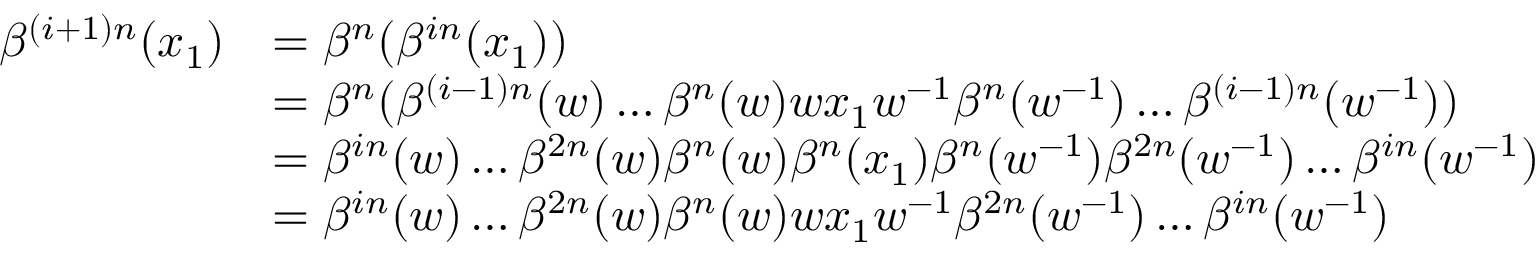
\begin{array} { r l } { \beta ^ { ( i + 1 ) n } ( x _ { 1 } ) } & { = \beta ^ { n } ( \beta ^ { i n } ( x _ { 1 } ) ) } \\ & { = \beta ^ { n } ( \beta ^ { ( i - 1 ) n } ( w ) \dots \beta ^ { n } ( w ) w x _ { 1 } w ^ { - 1 } \beta ^ { n } ( w ^ { - 1 } ) \dots \beta ^ { ( i - 1 ) n } ( w ^ { - 1 } ) ) } \\ & { = \beta ^ { i n } ( w ) \dots \beta ^ { 2 n } ( w ) \beta ^ { n } ( w ) \beta ^ { n } ( x _ { 1 } ) \beta ^ { n } ( w ^ { - 1 } ) \beta ^ { 2 n } ( w ^ { - 1 } ) \dots \beta ^ { i n } ( w ^ { - 1 } ) } \\ & { = \beta ^ { i n } ( w ) \dots \beta ^ { 2 n } ( w ) \beta ^ { n } ( w ) w x _ { 1 } w ^ { - 1 } \beta ^ { 2 n } ( w ^ { - 1 } ) \dots \beta ^ { i n } ( w ^ { - 1 } ) } \end{array}